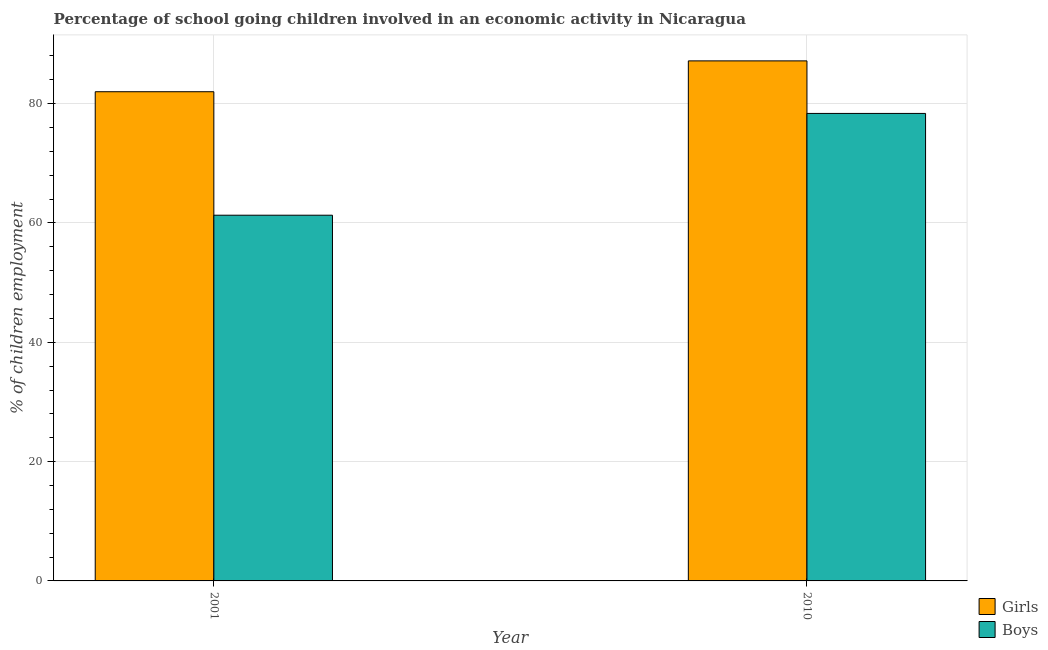
| Year | Girls | Boys |
 | --- | --- | --- |
 | 2001 | 82 | 61.3 |
 | 2010 | 87.2 | 78.4 |